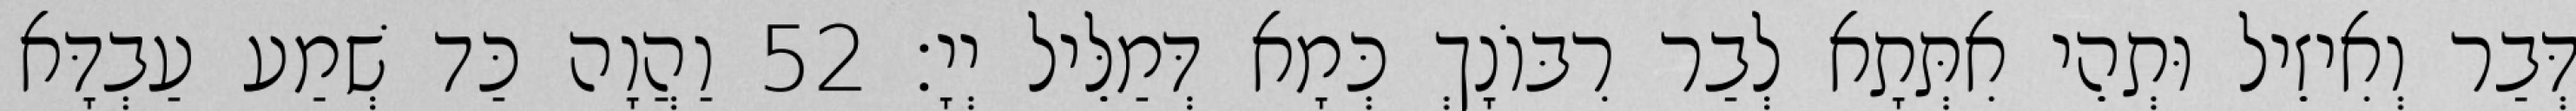
דְּבַר וְאִיזֵיל וּתְהֵי אִתְּתָא לְבַר רִבּוֹנָךְ כְּמָא דְּמַלֵּיל יְיָ׃ 52 וַהֲוָה כַּד שְׁמַע עַבְדָּא